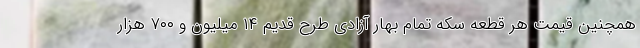
همچنین قیمت هر قطعه سکه تمام بهار آزادی طرح قدیم ۱۴ میلیون و ۷۰۰ هزار